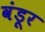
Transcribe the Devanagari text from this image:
वंडूर